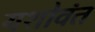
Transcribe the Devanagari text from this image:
यशोवंत